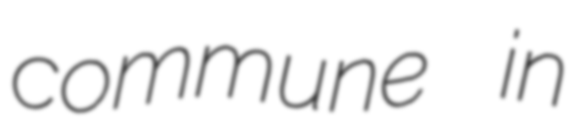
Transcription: commune in